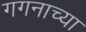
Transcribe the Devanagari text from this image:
गगनाच्या